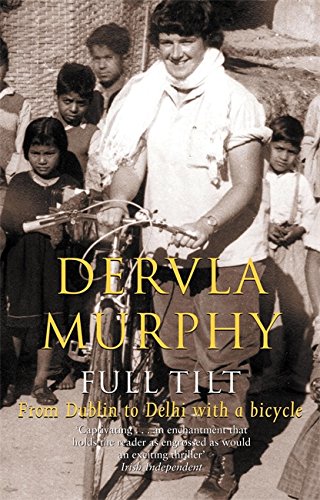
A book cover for Full Tilt: From Dublin to Delhi with a Bicycle; Dervla Murphy; Travel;